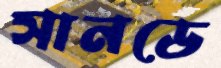
সানডে